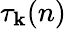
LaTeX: \tau_{\mathbf{k}}(n)